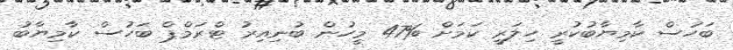
ބަހުސް ކާމިޔާބުކުރީ ހިލަރީ ކަމަށް %47 މީހުން ބުނިއިރު ޓްރަމްޕް ބަހުސް ކާމިޔާބު